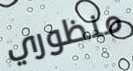
منظوري